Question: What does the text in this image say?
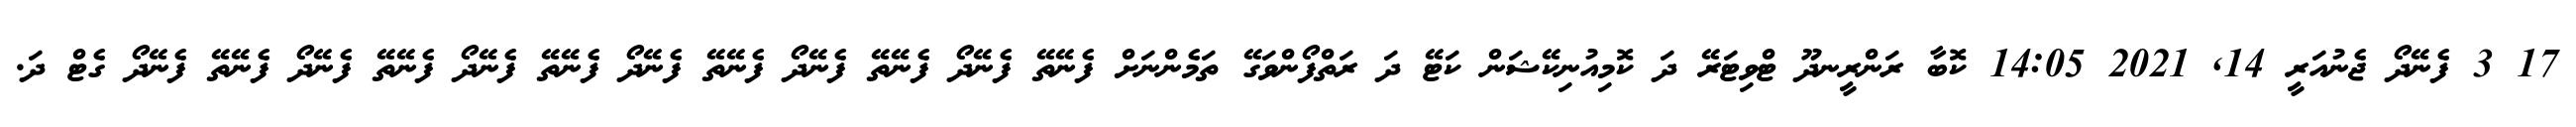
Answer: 17 3 ފެނޭދޯ ޖެނުއަރީ 14, 2021 14:05 ކޮބާ ރަންރީނދޫ ޓްވިޓަރޭ ދަ ކޮމިއުނިކޭޝަން ކަޓޭ ދަ ރަތްފޯންވަގޭ ތަމެންނަށް ފެނޭތޭ ފެނޭދޯ ފެނޭތޭ ފެނޭދޯ ފެނޭތޭ ފެނޭދޯ ފެނޭތޭ ފެނޭދޯ ފެނޭތޭ ފެނޭދޯ ފެނޭތޭ ފެނޭދޯ ގެޓް ދަ.